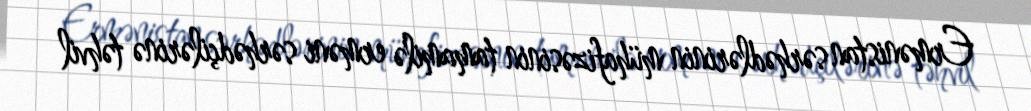
Ermənistan sərhədlərinin mühafizəsinin tamamilə erməni sərhədçilərinə təhvil